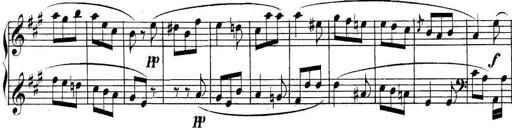
Title: Collected Piano Sonatas
Composer: Muzio Clementi